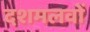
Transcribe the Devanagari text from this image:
दशमलवों